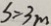
s = 3 m